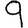
Digit: 9